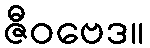
ဇီဝဗေဒ။